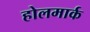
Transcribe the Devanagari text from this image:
होलमार्क